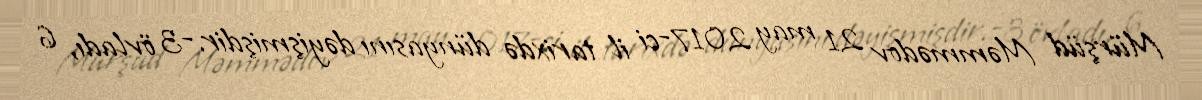
Mürşüd Məmmədov 21 may 2017-ci il tarixdə dünyasını dəyişmişdir.-3 övladı, 6